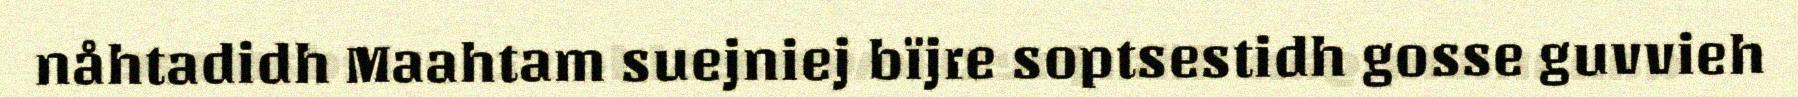
nåhtadidh Maahtam suejniej bïjre soptsestidh gosse guvvieh